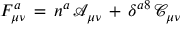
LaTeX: F _ { \mu \nu } ^ { a } \, = \, n ^ { a } \, \mathcal { A } _ { \mu \nu } \, + \, \delta ^ { a 8 } \, \mathcal { C } _ { \mu \nu }